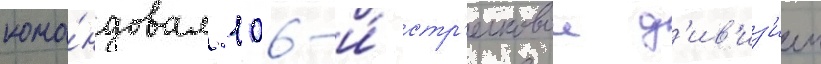
кома́ндовал 106-и́ стр'елковои д'ив'из'иеи